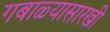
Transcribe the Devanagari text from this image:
गबाळ्यासारखी